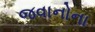
જવાનોના